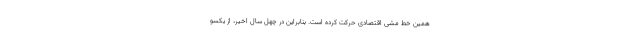
همین خط مشی اقتصادی حرکت کرده است. بنابراین در چهل سال اخیر، از یکسو